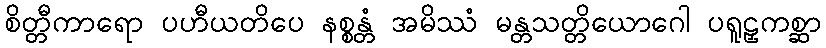
စိတ္တီကာရော ပဟီယတိပေ နစ္စန္တံ အမိဿံ မန္တသတ္တိယောဂေါ ပရူဠှကစ္ဆာ